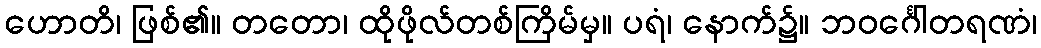
ဟောတိ၊ ဖြစ်၏။ တတော၊ ထိုဖိုလ်တစ်ကြိမ်မှ။ ပရံ၊ နောက်၌။ ဘဝင်္ဂေါတရဏံ၊